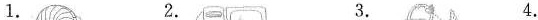
1. 2. 3. 4.